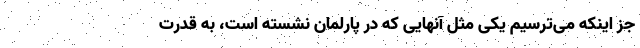
جز اینکه می‌ترسیم یکی مثل آنهایی که در پارلمان نشسته‌ است، به قدرت